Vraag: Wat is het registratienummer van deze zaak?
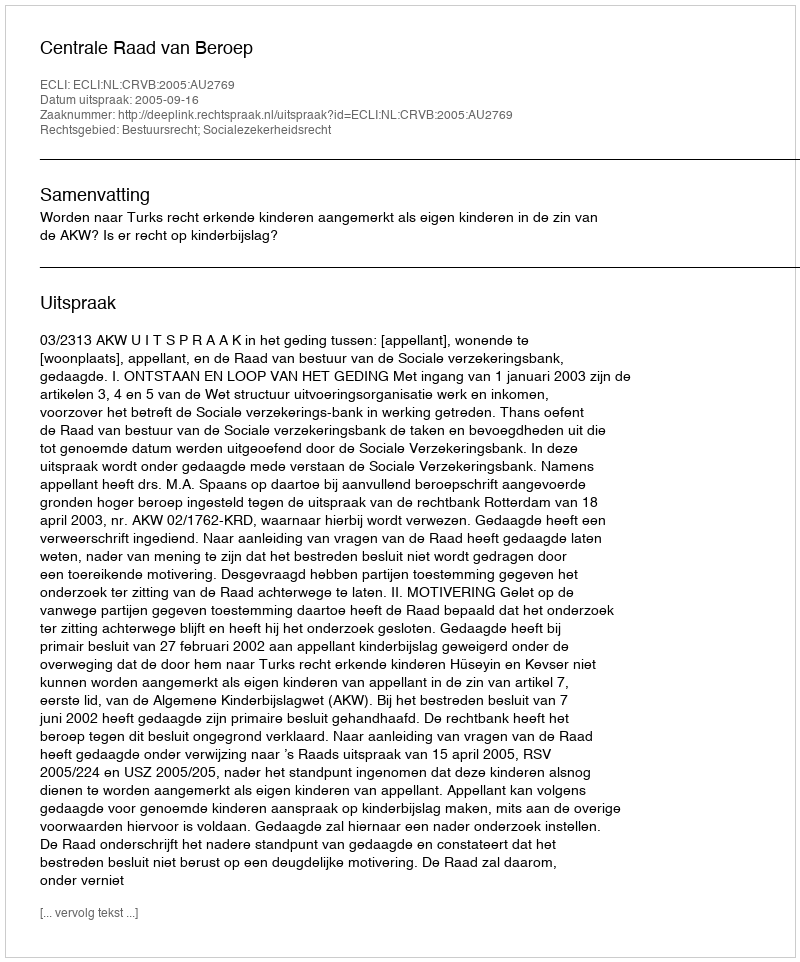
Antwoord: http://deeplink.rechtspraak.nl/uitspraak?id=ECLI:NL:CRVB:2005:AU2769